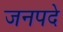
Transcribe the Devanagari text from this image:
जनपदे